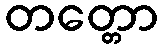
တတ္တော